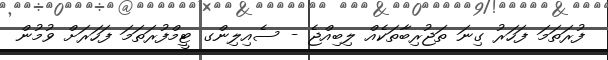
ފުރަތަމަ ފަހަރު ގިނަ ތަޖުރިބާތަކެއް ލިބިއްޖެ - ސެއިލިންގ ޓީމްފުރަތަމަ ފަހަރަށް ވުމުން